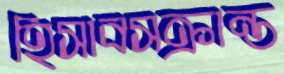
হিসাবসক্রান্ত